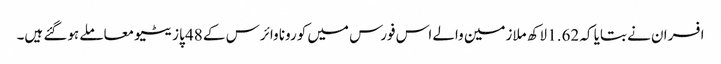
افسران نے بتایا کہ 1.62 لاکھ ملازمین والے اس فورس میں کورونا وائرس کے 48 پازیٹیو معاملے ہوگئے ہیں۔